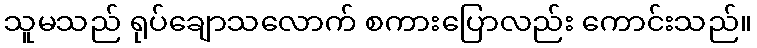
သူမသည် ရုပ်ချောသလောက် စကားပြောလည်း ကောင်းသည်။